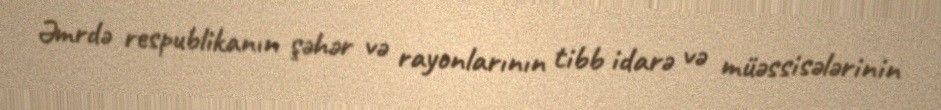
Əmrdə respublikanın şəhər və rayonlarının tibb idarə və müəssisələrinin